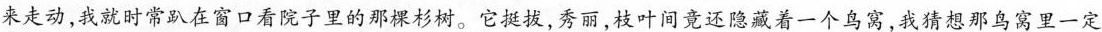
来走动，我就时常趴在窗口看院子里的那杉树。它挺拔，秀丽，枝叶间竟还隐藏着一个鸟窝，我猜想那鸟窝里一定